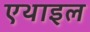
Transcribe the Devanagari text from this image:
एथाइल